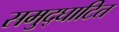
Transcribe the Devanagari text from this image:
समुद्घाटित